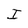
Character: I